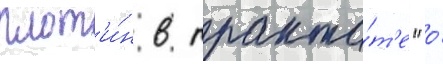
плот'и́н в тракта́т'е "о́